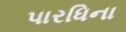
પારધિના